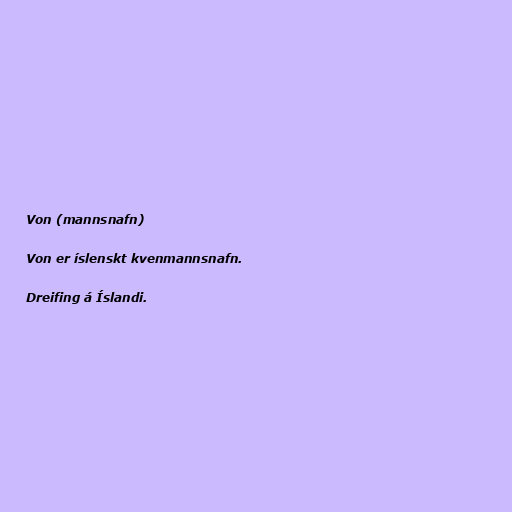
Von (mannsnafn)

Von er íslenskt kvenmannsnafn.

Dreifing á Íslandi.